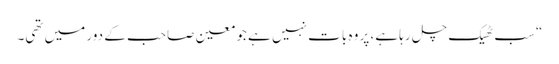
“سب ٹھیک چل رہا ہے، پر وہ بات نہیں ہے جو معین صاحب کے دور میں تھی۔